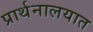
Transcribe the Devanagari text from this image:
प्रार्थनालयात